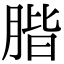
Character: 𦝨